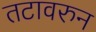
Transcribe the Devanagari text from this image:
तटावरुन